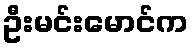
ဦးမင်းမောင်က